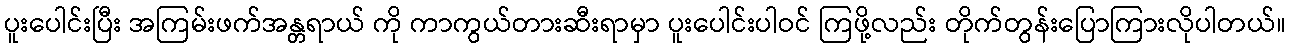
ပူးပေါင်းပြီး အကြမ်းဖက်အန္တရာယ် ကို ကာကွယ်တားဆီးရာမှာ ပူးပေါင်းပါဝင် ကြဖို့လည်း တိုက်တွန်းပြောကြားလိုပါတယ်။